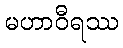
မဟာဝီရဿ